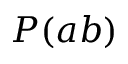
P ( a b )